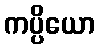
ကပ္ပိယော